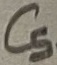
Text: C5